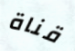
قناة